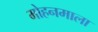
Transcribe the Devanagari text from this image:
मोहनमाला